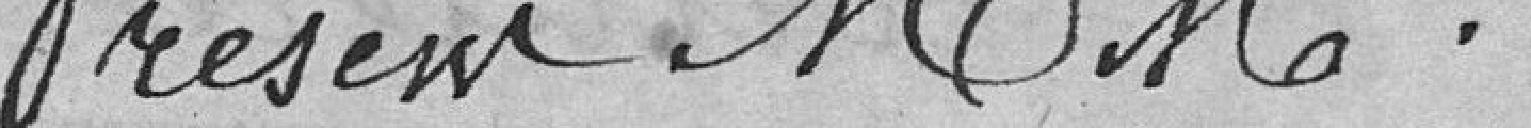
Présent MM.